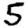
Digit: 5